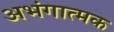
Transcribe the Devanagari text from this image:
अभंगात्मक